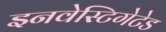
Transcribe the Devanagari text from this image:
इनवेस्टिगेटेड